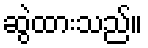
ဆွဲထားသည်။